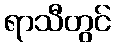
ရာသီတွင်